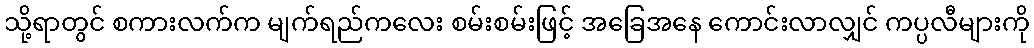
သို့ရာတွင် စကားလက်က မျက်ရည်ကလေး စမ်းစမ်းဖြင့် အခြေအနေ ကောင်းလာလျှင် ကပ္ပလီများကို